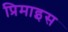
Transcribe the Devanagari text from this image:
प्रिमाइस